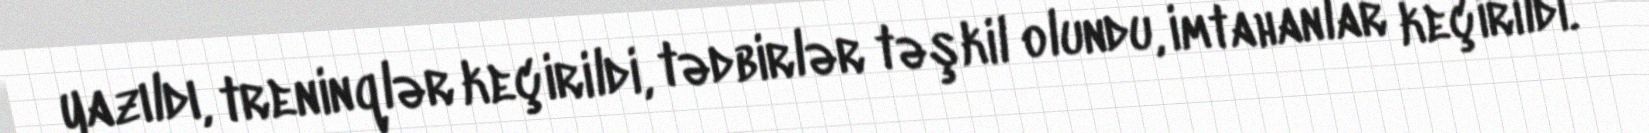
yazıldı, treninqlər keçirildi, tədbirlər təşkil olundu, imtahanlar keçirildi.